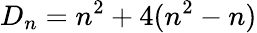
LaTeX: D_{n}=n^{2}+4(n^{2}-n)